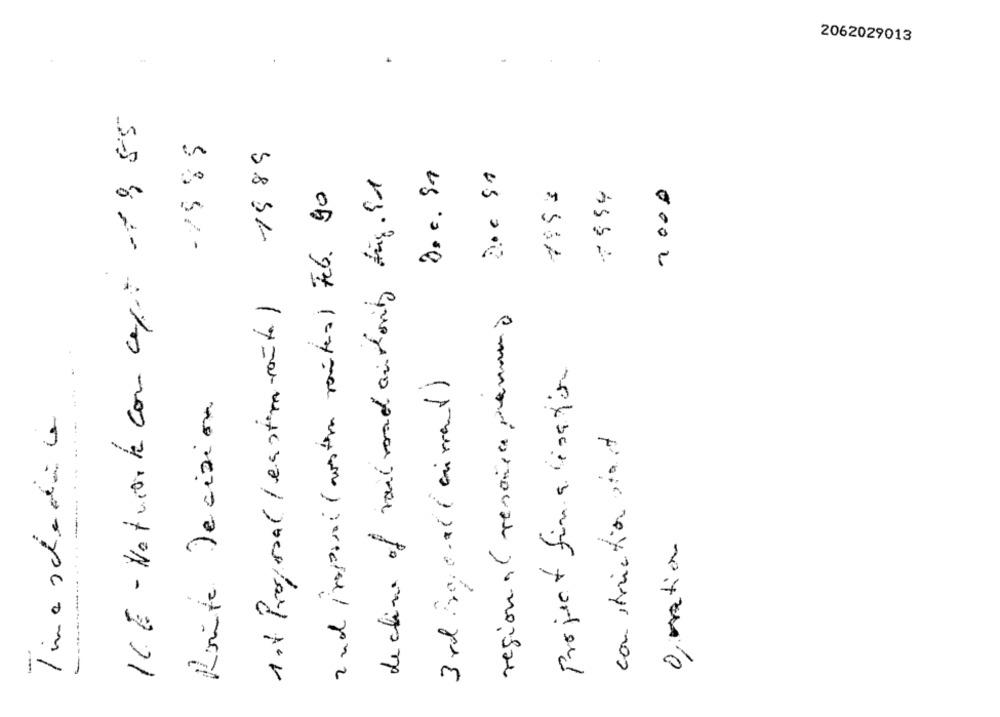
2062029013
ICE - Naturarte con ceps -1 9 55
-1985
1 .4 Proposal (enstemmento) 1989
decline of rail road andority dig . il
imposi (resten vantes) Feb. 90
1:53
2000
regional resaise ,enund
-
Project finalisation
3 rd 30,001 ( current)
Route Decision
Tima schaden ce
construction start
O, mation
2 nd in